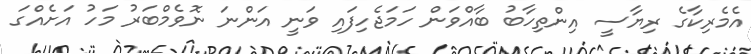
އެމެރިކާގެ ރިޔާސީ އިންތިހާބު ބާއްވަން ހަމަޖެހިފައި ވަނީ އަންނަ ނޮވެމްބަރު މަހު އަށެއްގަ